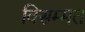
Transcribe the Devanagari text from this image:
विसम्मत